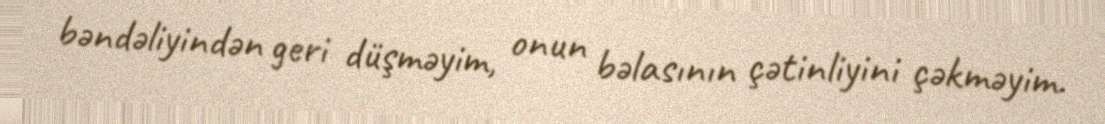
bəndəliyindən geri düşməyim, onun bəlasının çətinliyini çəkməyim.